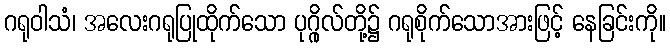
ဂရုဝါသံ၊ အလေးဂရုပြုထိုက်သော ပုဂ္ဂိုလ်တို့၌ ဂရုစိုက်သောအားဖြင့် နေခြင်းကို။